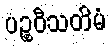
ပဉ္စဝီသတိမံ